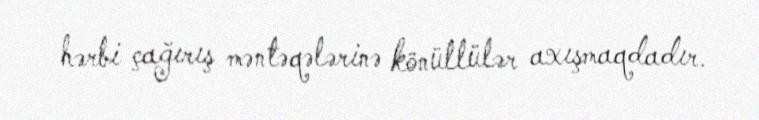
hərbi çağırış məntəqələrinə könüllülər axışmaqdadır.